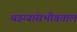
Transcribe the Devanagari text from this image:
थडग्यांसभोवताल